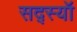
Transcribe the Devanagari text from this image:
सद्स्यॉ